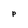
Character: p